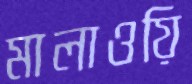
মালাওয়ি